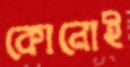
কোনোই